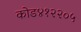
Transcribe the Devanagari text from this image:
कोड४१२२०५